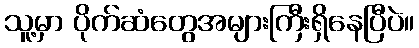
သူ့မှာ ပိုက်ဆံတွေအများကြီးရှိနေပြီပဲ။